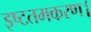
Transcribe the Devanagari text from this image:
इष्टतमकरण।